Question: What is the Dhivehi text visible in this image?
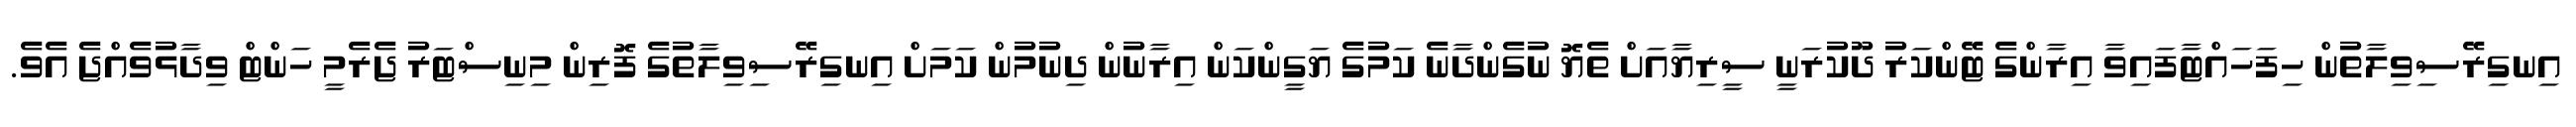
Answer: އިނގިރޭސިވިލާތުން ހިފަހައްޓާފައިވާ އިރާންގެ ޓޭންކަރު ދޫކުރަނީ ސީރިޔާއަށް ތެޔޮ ނުގެންދާނެ ކަމުގެ ޔަގީންކަން އިރާނުން ދިނުމުން ކަމަށް އިނގިރޭސިވިލާތުގެ ފޮރިން މިނިސްޓަރު ޖެރެމީ ހަންޓް ވިދާޅުވެއްޖެ އެވެ.